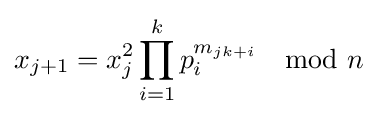
x_{j+1}=x_{j}^{2}\prod _{i=1}^{k}p_{i}^{m_{jk+i}}\mod n